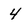
Character: 4